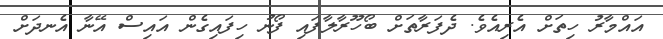
އައްމާރު ހިތަށް އެރިއެވެ. ދެފަރާތަށް ބޯހޫރާލާފައި ފޯނު ހިފައިގެން އައިސް އޭނާ އެނދަށް